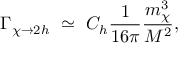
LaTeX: \Gamma _ { \chi \rightarrow 2 h } ~ \simeq ~ C _ { h } \frac { 1 } { 1 6 \pi } \frac { m _ { \chi } ^ { 3 } } { M ^ { 2 } } ,